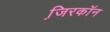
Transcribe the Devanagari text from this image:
जि़रकॉन